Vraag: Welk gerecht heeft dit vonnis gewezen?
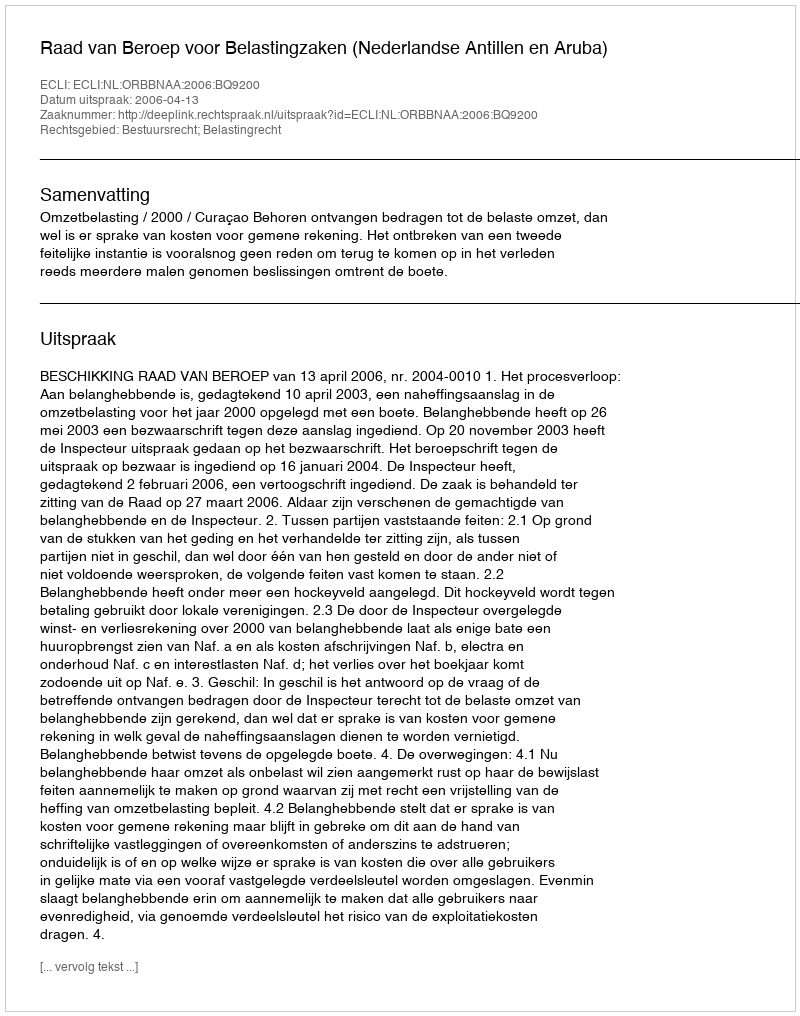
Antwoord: Raad van Beroep voor Belastingzaken (Nederlandse Antillen en Aruba)